Civil Veterinary Dept. Assam report 1927-50 - 1927-1950
Year: 1927
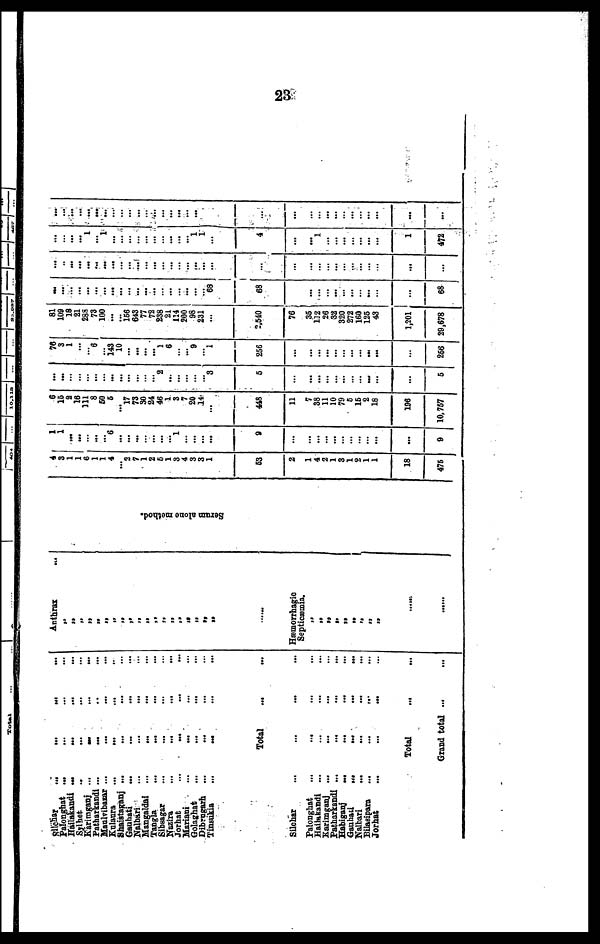
23
Sllchar ... ... ... ...
Palonghat ... ... ... ...
Hailakandi ... ... ... ...
Sylhet ... ... ... ...
Karimganj ... ... ... ...
Patharkandi ... ... ... ...
Maulvibazar ... ... ... ...
Kulaura ... ... ... ...
Shaistaganj ... ... ... ...
Gauhati ... ... ... ...
Nalbari ... ... ... ...
Mangaldai ... ... ... ...
Tangla ... ... ... ...
Sibsagar ... ... ... ...
Nazira ... ... ... ...
Jorhat ... ... ... ...
Mariani ... ... ... ...
Golaghat ... ... ... ...
Dibrugarh ... ... ... ...
Tinsukia ... ... ... ...
Total ... ... ... ...
Silehar ... ... ... ...
Palonghat ... ... ... ...
Hailakandi ... ... ... ...
Karimganj ... ... ... ...
Patharkandi ... ... ... ...
Habiganj ... ... ... ...
Gauhati ... ... ... ...
Nalbari ... ... ... ...
Bilasipara ... ... ... ...
Jorhat ... ... ... ...
Total ... ... ... ...
Grand total ... ... ... ...
Anthrax
...
„
„
„
„
„
„
„
„
„
„
„
„
„
„
„
„
„
„
„
„
Hæmorrhagic
Septicemia.
„
„
„
„
„
„
„
„
„
......
......
Se r um alone method.
4
3
1
1
6
1
1
4
... 3
7
1
2
5
1
3
4
3
3
1
63
2
1
4
2
1
3
1
2
1
1
18
475
1
1
...
...
... ...
... 6
...
...
...
... ...
...
... 1
... ...
...
...
9
...
...
...
...
...
...
...
...
...
9
6
15
2
16
111
8
50
5
... 17
73
30
24
46
1
3
7
20
14
...
448
11
7
38
11
10
79
5
15
2
18
196
10,757
...
...
...
... ...
...
... ...
...
...
...
...
... 2
...
...
...
... ... 3
6
...
...
...
...
...
...
...
...
...
...
6
76
3
1
...
...
6
... 143
10
...
...
...
... 1
6
...
... 9
... 1
256
...
...
...
...
...
...
...
...
...
...
...
256
81
109
18
21
288
78
100
...
... 166
643
77
72
238
21
114
200
98
231
...
2,540
76
35
112
26
32
320
272
160
125
43
1,201
29,678
...
...
... ...
...
... ...
...
...
...
... ...
...
... ...
... ...
... ... 68
68
...
...
...
...
...
...
...
...
...
...
...
68
...
...
...
...
...
... ...
...
...
... ...
...
...
... ...
... ...
...
...
...
...
...
...
...
...
...
...
...
...
...
...
...
...
...
...
...
... 1
... 1
...
...
...
...
...
...
... ...
...
... 1
1
...
4
...
... 1
...
...
...
...
...
...
...
1
472
...
...
...
...
... ...
...
...
...
... ...
... ...
...
...
...
...
...
...
...
...
...
...
...
...
...
...
...
...
...
...
...
...